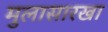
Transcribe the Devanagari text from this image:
मुलासारखा